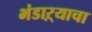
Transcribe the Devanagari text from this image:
भंडाऱ्याचा